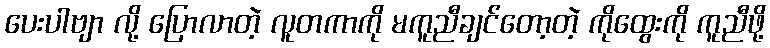
ပေးပါဗျာ လို့ ပြောလာတဲ့ လူတကာကို မကူညီချင်တော့တဲ့ ကိုထွေးကို ကူညီဖို့